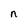
Character: n